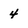
Character: 4